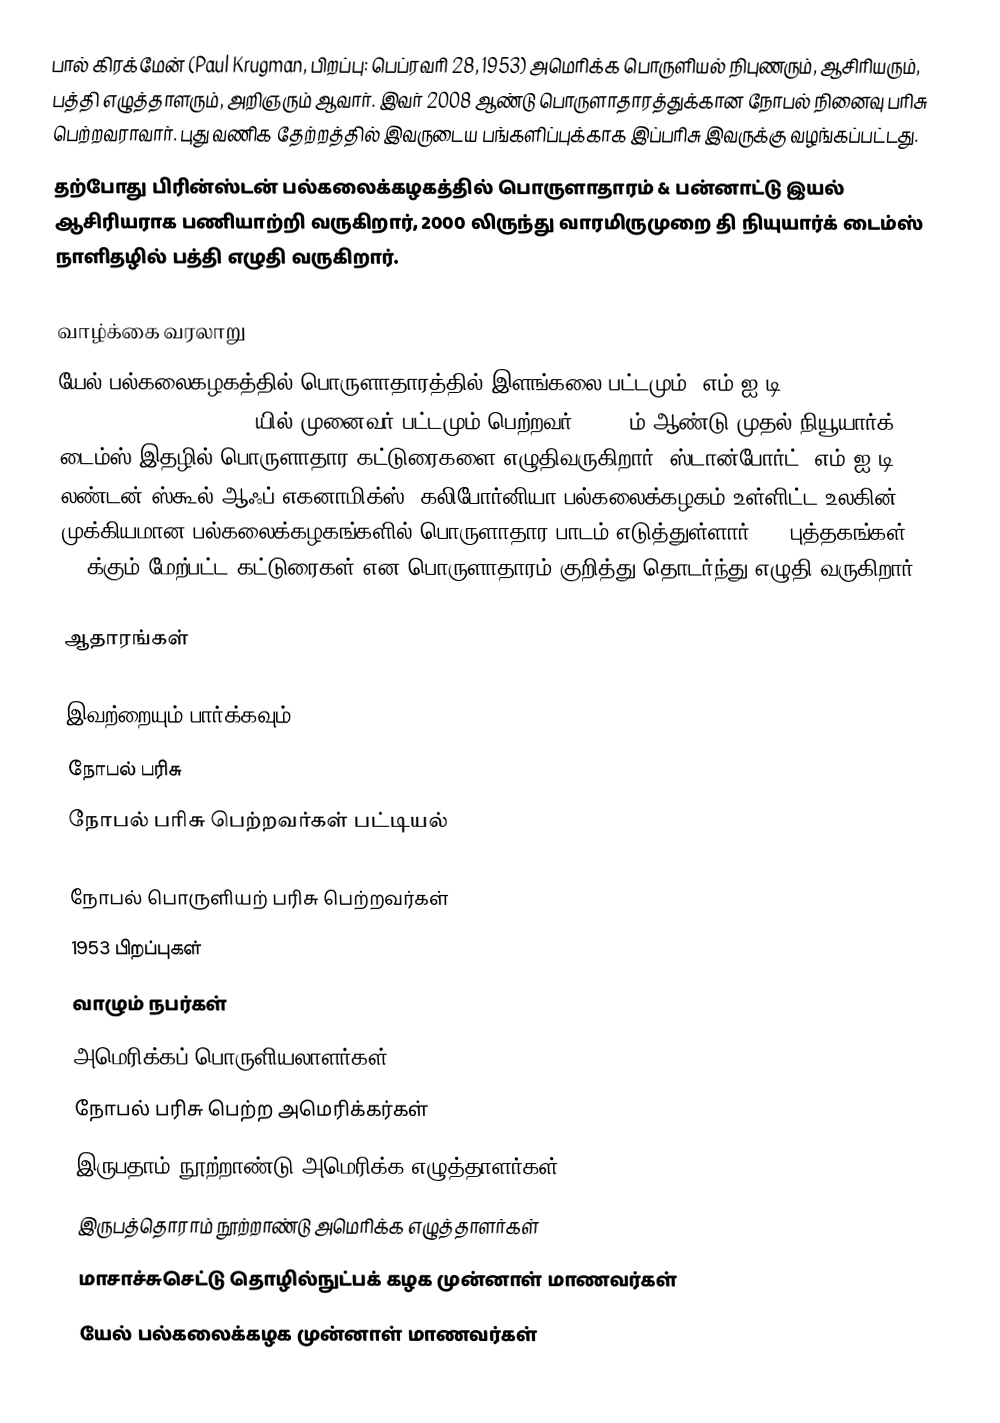
பால் கிரக்மேன் (Paul Krugman, பிறப்பு: பெப்ரவரி 28, 1953) அமெரிக்க பொருளியல் நிபுணரும், ஆசிரியரும், பத்தி எழுத்தாளரும், அறிஞரும் ஆவார். இவர் 2008 ஆண்டு பொருளாதாரத்துக்கான நோபல் நினைவு பரிசு பெற்றவராவார். புது வணிக தேற்றத்தில் இவருடைய பங்களிப்புக்காக இப்பரிசு இவருக்கு வழங்கப்பட்டது.
தற்போது பிரின்ஸ்டன் பல்கலைக்கழகத்தில் பொருளாதாரம் & பன்னாட்டு இயல் ஆசிரியராக பணியாற்றி வருகிறார், 2000 லிருந்து வாரமிருமுறை  தி நியுயார்க் டைம்ஸ் நாளிதழில் பத்தி எழுதி வருகிறார்.

வாழ்க்கை வரலாறு
யேல் பல்கலைகழகத்தில் பொருளாதாரத்தில் இளங்கலை பட்டமும், எம்.ஐ.டி. (Massachusetts Institute of Technology)யில் முனைவர் பட்டமும் பெற்றவர். 1999-ம் ஆண்டு முதல் நியூயார்க் டைம்ஸ் இதழில் பொருளாதார கட்டுரைகளை எழுதிவருகிறார். ஸ்டான்போர்ட், எம்.ஐ.டி., லண்டன் ஸ்கூல் ஆஃப் எகனாமிக்ஸ், கலிபோர்னியா பல்கலைக்கழகம் உள்ளிட்ட உலகின் முக்கியமான பல்கலைக்கழகங்களில் பொருளாதார பாடம் எடுத்துள்ளார். 20 புத்தகங்கள், 200க்கும் மேற்பட்ட கட்டுரைகள் என பொருளாதாரம் குறித்து தொடர்ந்து எழுதி வருகிறார்.

ஆதாரங்கள்

இவற்றையும் பார்க்கவும்
நோபல் பரிசு
நோபல் பரிசு பெற்றவர்கள் பட்டியல்

நோபல் பொருளியற் பரிசு பெற்றவர்கள்
1953 பிறப்புகள்
வாழும் நபர்கள்
அமெரிக்கப் பொருளியலாளர்கள்
நோபல் பரிசு பெற்ற அமெரிக்கர்கள்
இருபதாம் நூற்றாண்டு அமெரிக்க எழுத்தாளர்கள்
இருபத்தொராம் நூற்றாண்டு அமெரிக்க எழுத்தாளர்கள்
மாசாச்சுசெட்டு தொழில்நுட்பக் கழக முன்னாள் மாணவர்கள்
யேல் பல்கலைக்கழக முன்னாள் மாணவர்கள்